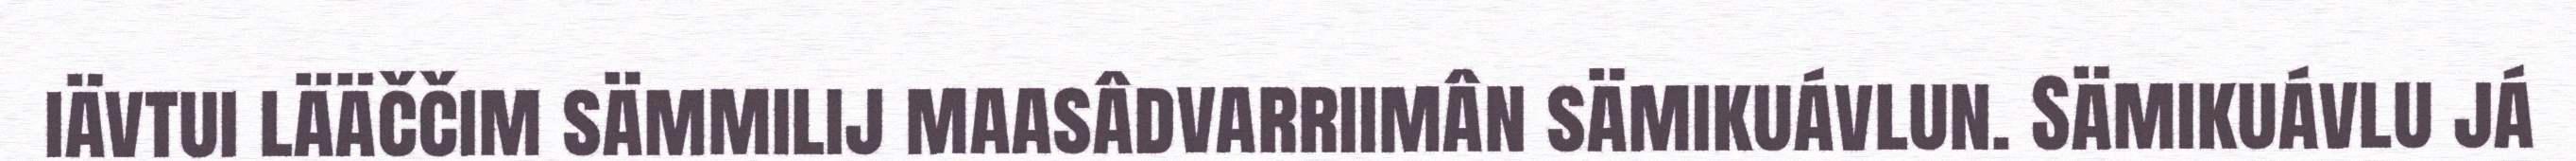
iävtui lääččim sämmilij maasâdvarriimân sämikuávlun. Sämikuávlu já